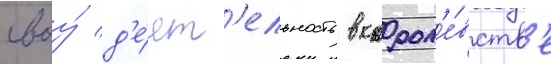
своу́ д'е́ят'ельность в корол'е́вств'е